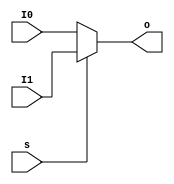
module MUX2T1_32(
    input [31:0] I0,
    input [31:0] I1,
    input s,
    output [31:0] o
    );
    
    assign o = s ? I1 : I0;
    
endmodule